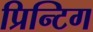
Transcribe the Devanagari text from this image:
प्रिन्टिग